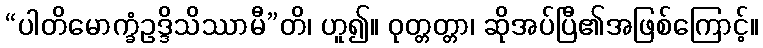
“ပါတိမောက္ခံဥဒ္ဒိသိဿာမီ”တိ၊ ဟူ၍။ ဝုတ္တတ္တာ၊ ဆိုအပ်ပြီ၏အဖြစ်ကြောင့်။